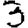
Digit: 3